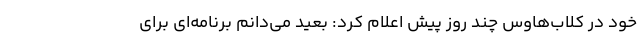
خود در کلاب‌هاوس چند روز پیش اعلام کرد: بعید می‌دانم برنامه‌ای برای